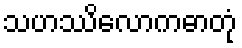
သဟဿိလောကဓာတုံ